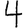
Digit: 4